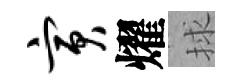
寅燿捄